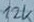
Text: 12K